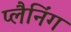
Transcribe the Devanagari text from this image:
प्‍लैनिंग